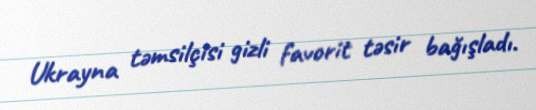
Ukrayna təmsilçisi gizli favorit təsir bağışladı.